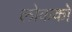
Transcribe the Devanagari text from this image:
लोकको